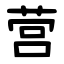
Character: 营